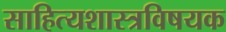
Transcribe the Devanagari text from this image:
साहित्यशास्त्रविषयक